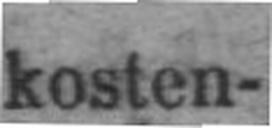
kosten¬